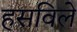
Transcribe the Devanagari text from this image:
हसविले